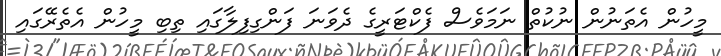
މީހުން އެތަނުން ނުކުތް ނަމަވެސް ފެކްޓަރީގެ ދެވަނަ ފަންގިފިލާގައި ތިބި މީހުން އެތެރޭގައި